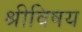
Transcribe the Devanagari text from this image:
श्रीविषय